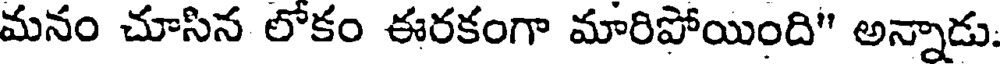
మనం చూసిన లోకం ఈరకంగా మారిపోయింది" అన్నాడు.